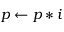
p \gets p * i